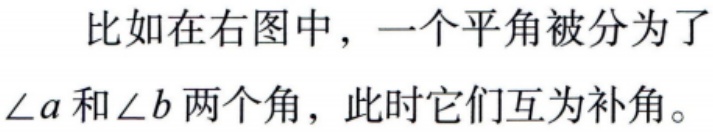
比如在右图中，一个平角被分为了$\angle a$和$\angle b$两个角，此时它们互为补角。